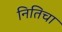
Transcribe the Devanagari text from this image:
नितिचा